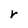
Character: r